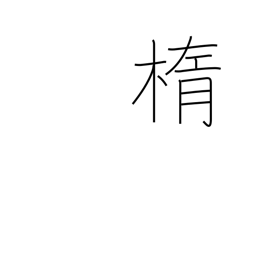
Meaning: ellipse